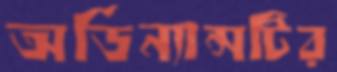
অর্ডিন্যান্সটির